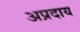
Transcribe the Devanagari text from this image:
अप्रदाय